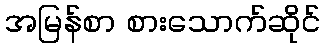
အမြန်စာ စားသောက်ဆိုင်